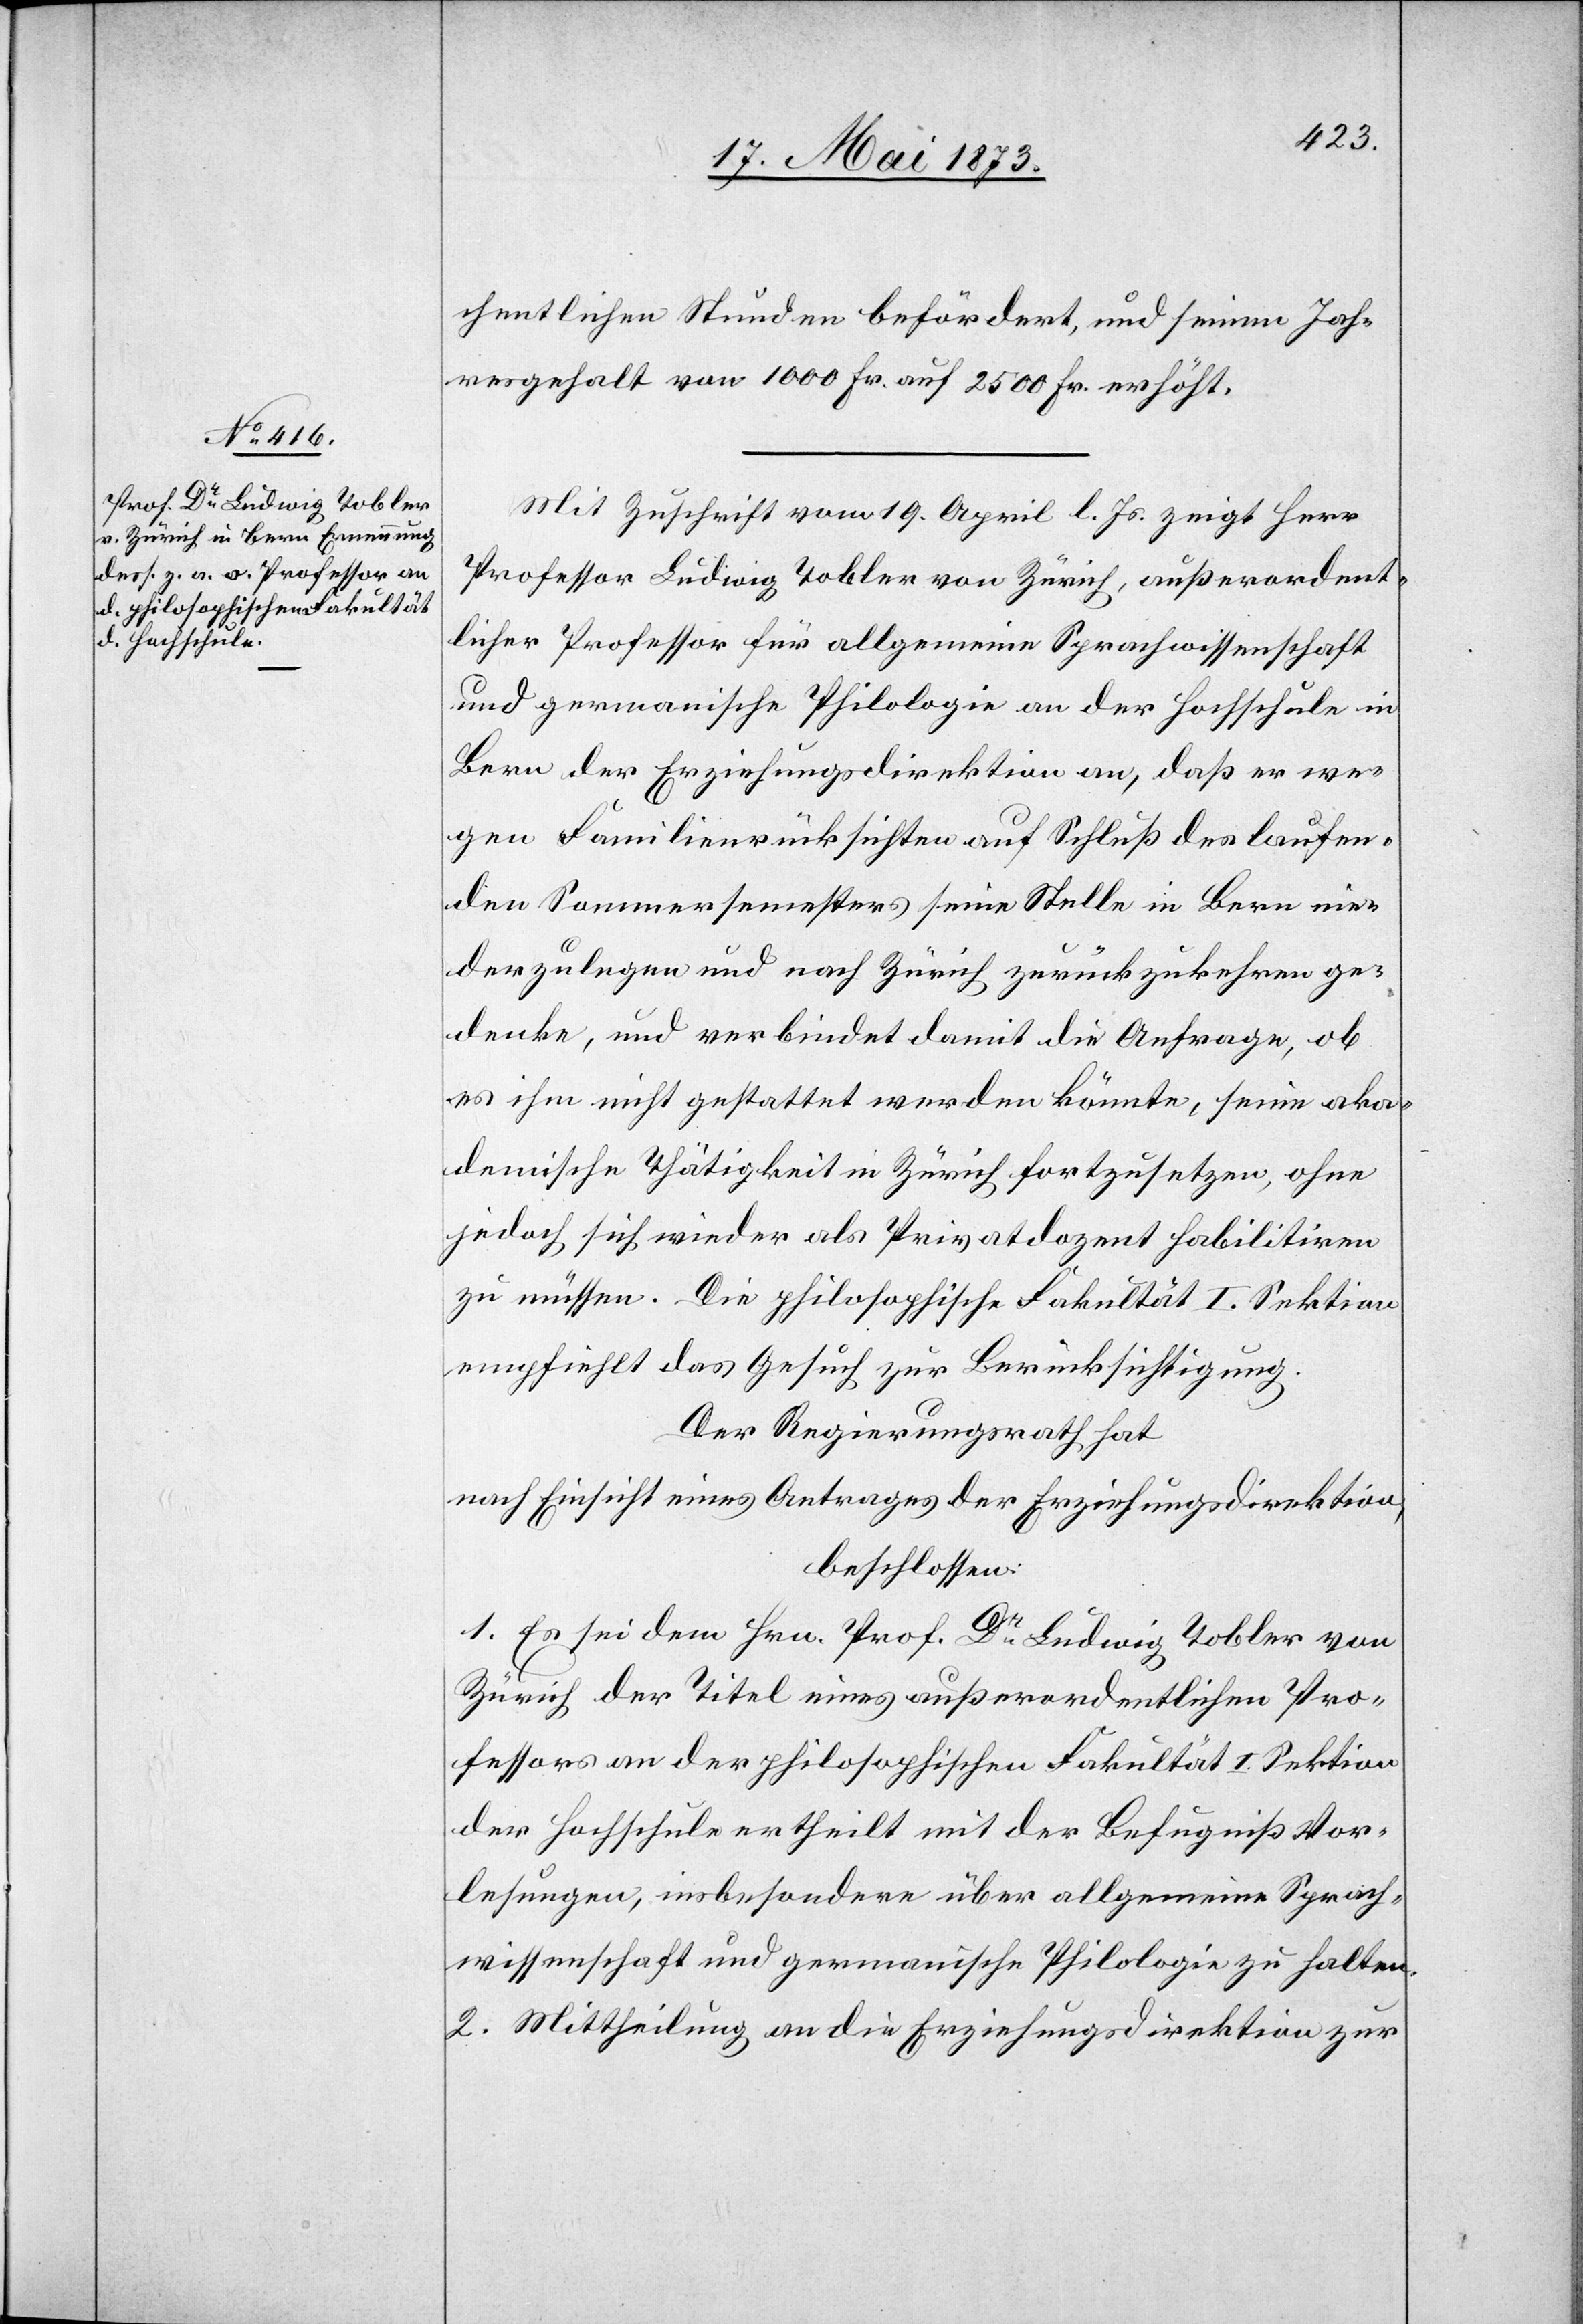
chentlichen Stunden befördert, und seinen Jah¬
resgehalt von 1 000 Fr. auf 2 500 Fr. erhöht.
Mit Zuschrift vom 19. April l. Js. zeigt Herr
Professor Ludwig Tobler von Zürich, außerordent¬
licher Professor für allgemeine Sprachwissenschaft
und germanische Philologie an der Hochschule in
Bern der Erziehungsdirektion an, daß er we¬
gen Familienrücksichten auf Schluß des laufen¬
den Sommersemesters seine Stelle in Bern nie¬
derzulegen und nach Zürich zurückzukehren ge¬
denke, und verbindet damit die Anfrage, ob
es ihm nicht gestattet werden könnte, seine aka¬
demische Thätigkeit in Zürich fortzusetzen, ohne
jedoch sich wieder als Privatdozent habilitiren
zu müssen. Die philosophische Fakultät I. Sektion
empfiehlt das Gesuch zur Berücksichtigung.
Der Regierungsrath hat
nach Einsicht eines Antrages der Erziehungsdirektion,
beschlossen:
1. Es sei dem Hrn. Prof. Dr Ludwig Tobler von
Zürich der Titel eines außerordentlichen Pro¬
fessors an der philosophischen Fakultät I. Sektion
der Hochschule ertheilt mit der Befugniß Vor¬
lesungen, insbesondere über allgemeine Sprach¬
wissenschaft und germanische Philologie zu halten.
2. Mittheilung an die Erziehungsdirektion zur